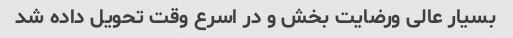
بسیار عالی ورضایت بخش و در اسرع وقت تحویل داده شد